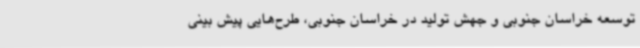
توسعه خراسان جنوبی و جهش تولید در خراسان جنوبی، طرح‌هایی پیش بینی